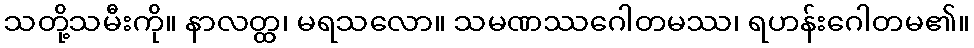
သတို့သမီးကို။ နာလတ္ထ၊ မရသလော။ သမဏဿဂေါတမဿ၊ ရဟန်းဂေါတမ၏။